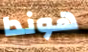
هوندا